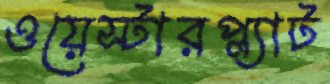
ওয়েস্টারপ্ল্যাট